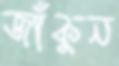
জাঁকুন